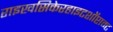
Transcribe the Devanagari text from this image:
राइखसिकेरहाइटशॉप्टाम्ट